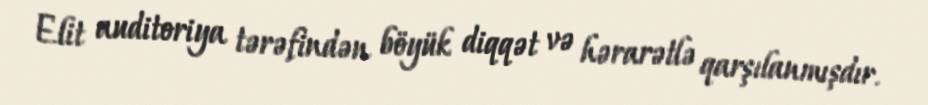
Elit auditoriya tərəfindən böyük diqqət və hərarətlə qarşılanmışdır.